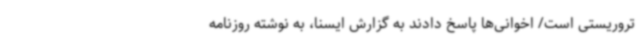
تروریستی است/ اخوانی‌ها پاسخ دادند به گزارش ایسنا، به نوشته روزنامه